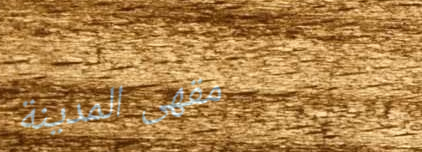
مقهى المدينة